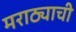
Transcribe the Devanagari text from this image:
मराठ्याची